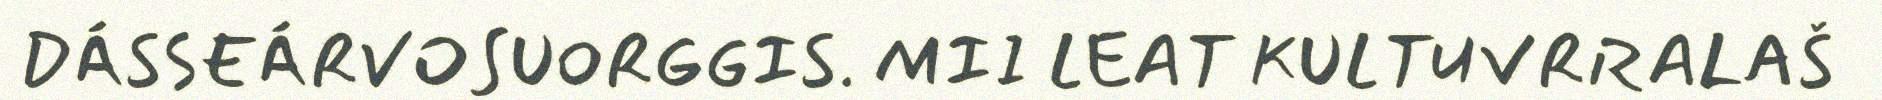
DÁSSEÁRVOSUORGGIS. MII LEAT KULTUVRRALAŠ